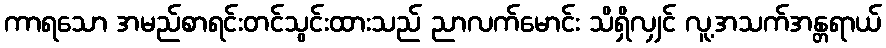
ကာရသော အမည်စာရင်းတင်သွင်းထားသည် ညာလက်မောင်း သိရှိလျှင် လူ့အသက်အန္တရာယ်